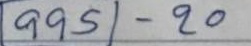
995 - 20